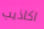
اكاذيب